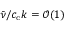
\bar { \nu } / c _ { \mathrm { c } } k = \mathcal { O } ( 1 )